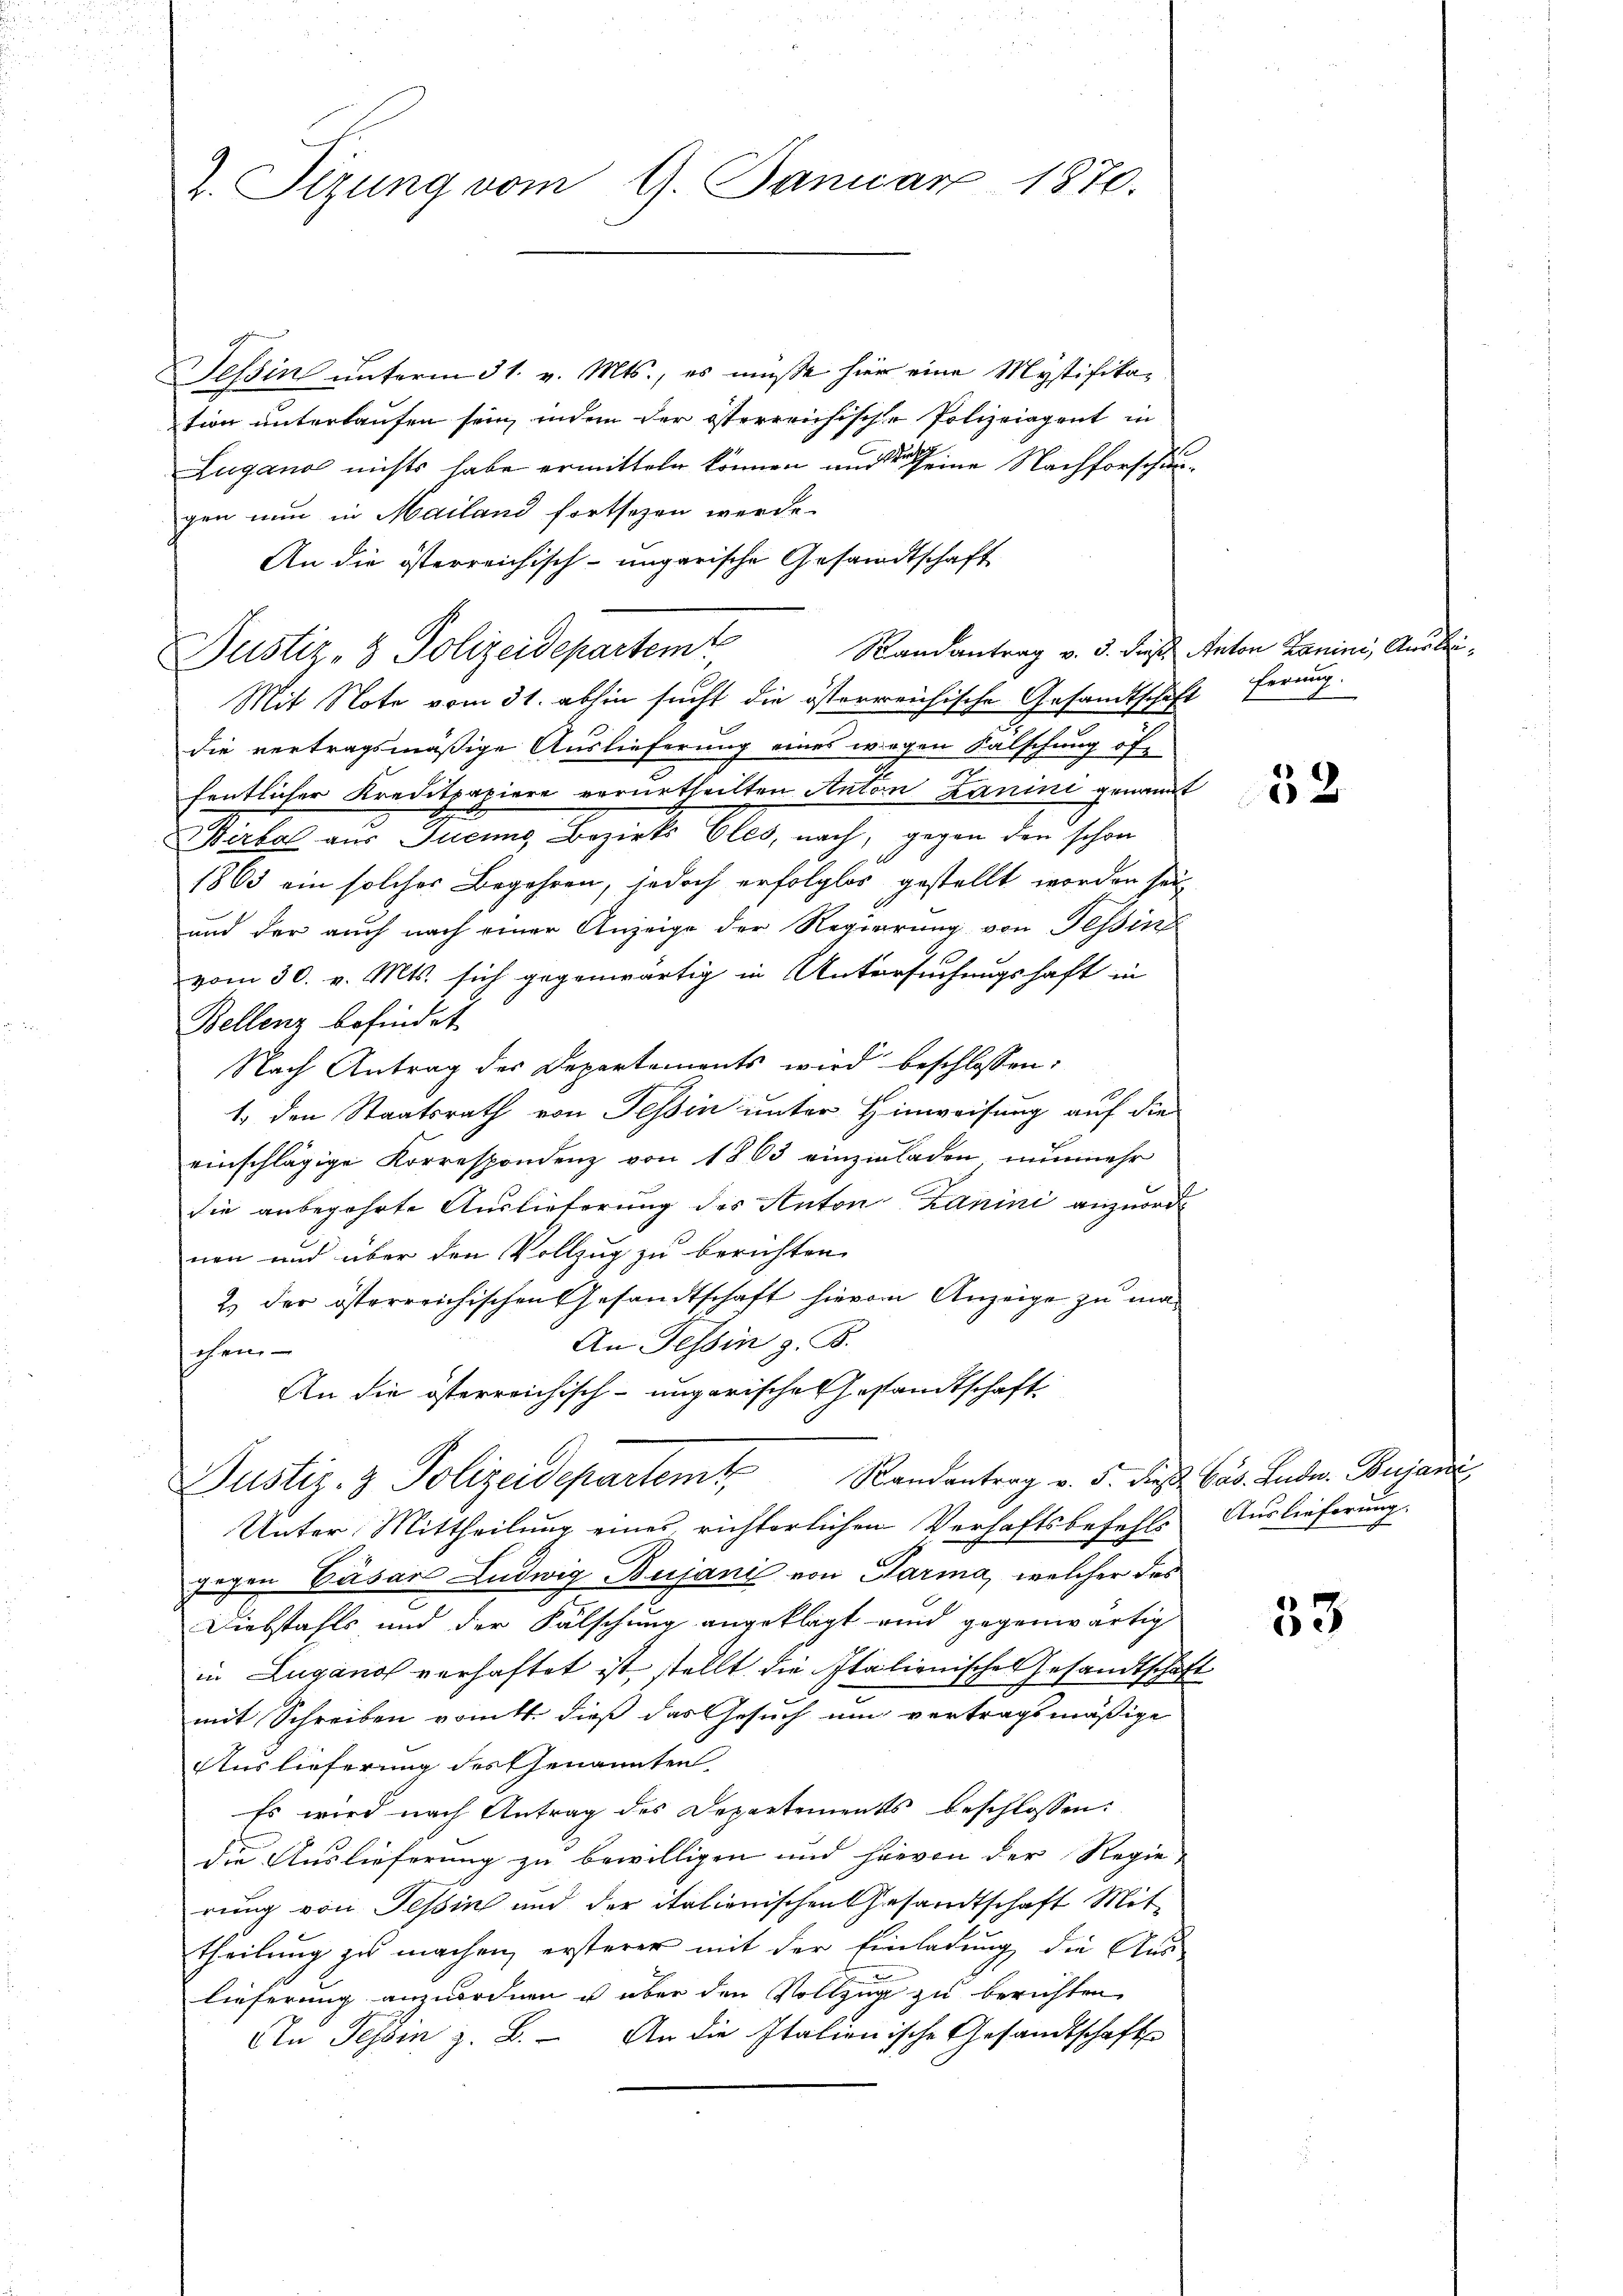
2. Sizung vom 9. Januar 1870.

Tessin unterm 31. v. Mts., es müße hier eine Mystifikation unterlaufen sein, inden der österreichische Polizeiagent in
Lugano nichts habe ermitteln können und der eine Nachforschingen nun in Mailand fortsezen werde.
An die österreichisch-ungarische Gesandtschaft
Randantrag v. 3. dies Anton Kanini, Anal
Justiz- & Polizeidepartemt
Mit Note vom 31. abhin sucht die österreichische Gesandtschaft ferung.
die vertragsmäßige Auslieferung eines wegen Falschung öffentlicher Kreditpapiere verurtheilten Anton Lanini genannt
icles aus Franz Bezirke bles, nach, gegen den schon
1865 ein solcher Begehren, jedoch erfolglos gestellt worden sei
und der auch nach einer Anzeige der Regierung von Tessin
vom 30. v. Mts. sich gegenwärtig in Untersuchungshaft in
Bellenz befindet
Nach Antrag des Departements wird beschlossen:
1. den Staatsrath von Tessin unter Hinweisung auf die
einschlägige Korrespondenz von 1863 einzuladen nunmehr
die anbegehrte Auslieferung des Anton Zanini anzuordnen und über den Vollzug zu berichten.
2.) der österreichischen Gesandtschaft hievon Anzeige zu ma¬
An Tessin z. B.
chen,
An die österreichisch-ungarische Gesandtschaft¬

Justiz- & Polizeidepartem Randantrag v. 5. die Ges. Lude. Bujanci

Unter Mittheilung eines richterlichen Verhaftsbefehls Auslieferung.
zügen Cäsar Ludwig Bujani von Parma, welcher das
Diebstahls und der Fälschung angeklagt und gegenwärtig
in Lugano verhaftet ist, stellt die Italienische Gesandtschaft
mit Schreiben vom 11. dieß das Gesuch um vertragsmäßige
Auslieferung des Genannten
Es wird nach Antrag des Departements beschlossen:
die Auslieferung zu bewilligen und hievon der Regie-
rung von Tessin und der italienischen Gesandtschaft Mittheilung zu machen, ersterer mit der Einladung die Aus-
lieferung anzuordnen u über den Vollzug zu berichten
An Tessin z. B. An die Italienische Gesandtschaft

52

33

fe¬